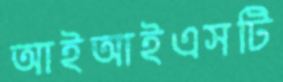
আইআইএসটি